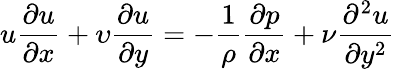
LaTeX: u{\frac{\partial u}{\partial x}}+\upsilon{\frac{\partial u}{\partial y}}=-{\frac{1}{\rho}}{\frac{\partial p}{\partial x}}+{\nu}{\frac{\partial^{2}u}{\partial y^{2}}}